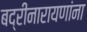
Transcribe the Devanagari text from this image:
बद्रीनारायणांना